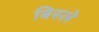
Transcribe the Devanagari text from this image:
बिस्ले